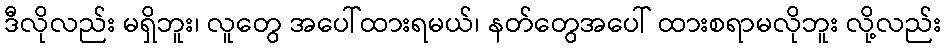
ဒီလိုလည်း မရှိဘူး၊ လူတွေ အပေါ်ထားရမယ်၊ နတ်တွေအပေါ် ထားစရာမလိုဘူး လို့လည်း